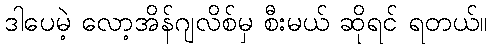
ဒါပေမဲ့ လော့အိန်ဂျလိစ်မှ စီးမယ် ဆိုရင် ရတယ်။